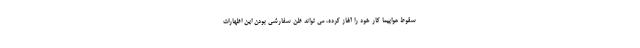
سقوط هواپیما کار خود را آغاز کرده، می تواند ظن سفارشی بودن این اظهارات